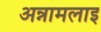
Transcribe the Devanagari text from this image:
अन्नामलाइ